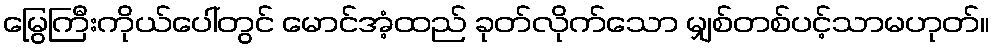
မြွေကြီးကိုယ်ပေါ်တွင် မောင်အံ့ထည် ခုတ်လိုက်သော မျှစ်တစ်ပင့်သာမဟုတ်။